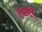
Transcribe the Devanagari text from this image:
त्ब्स्